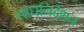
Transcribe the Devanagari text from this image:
शोधनिर्देशन